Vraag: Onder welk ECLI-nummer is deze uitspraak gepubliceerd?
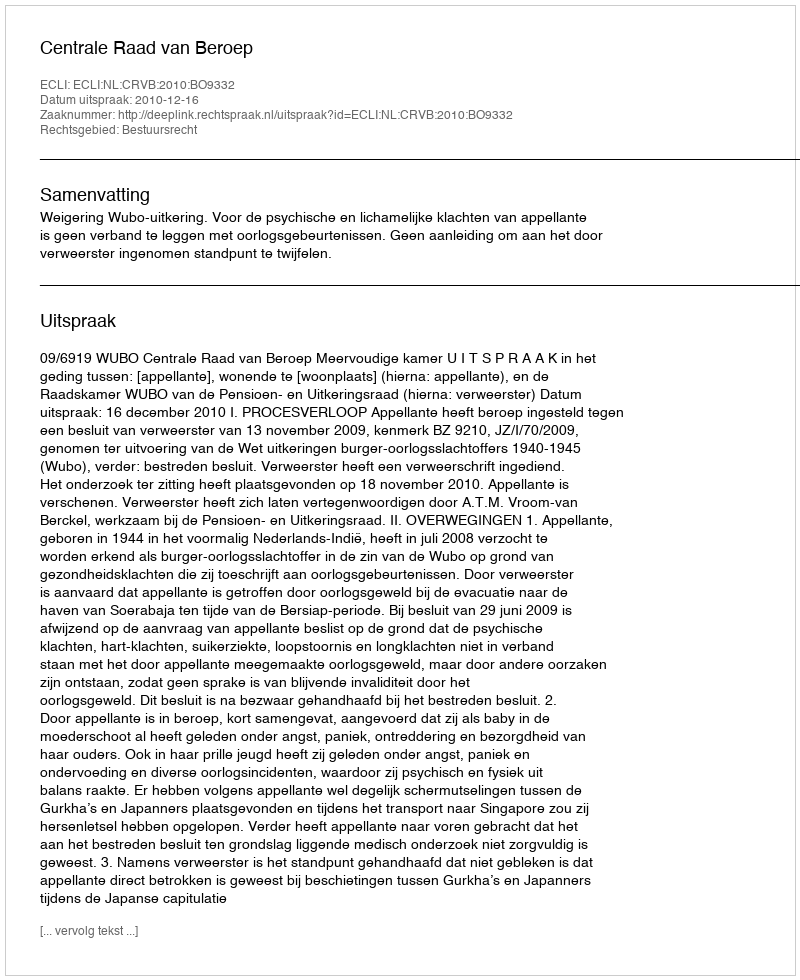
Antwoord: ECLI:NL:CRVB:2010:BO9332